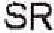
SR